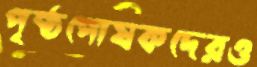
পৃষ্ঠপোষকদেরও